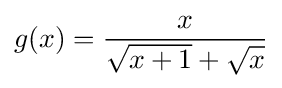
g(x)={\frac {x}{{\sqrt {x+1}}+{\sqrt {x}}}}